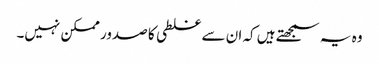
وہ یہ سمجھتے ہیں کہ ان سے غلطی کا صدور ممکن نہیں۔